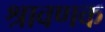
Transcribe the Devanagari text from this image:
श्रावणक